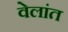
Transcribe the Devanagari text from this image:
वेलांत